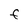
Character: F